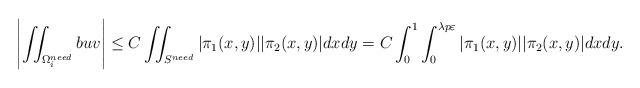
LaTeX: \begin{align*}\left\vert \iint_{\Omega_i^{need}} b u v \right\vert \leq C \iint_{S^{need}} |\pi_1(x,y)| |\pi_2(x,y)| dx dy = C\int_{0}^{1} \int_{0}^{\lambda p \varepsilon} |\pi_1(x,y)| |\pi_2(x,y)| dx dy.\end{align*}